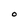
Character: O